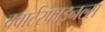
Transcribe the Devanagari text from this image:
क्वार्टरफाइनल्स